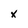
Character: x